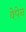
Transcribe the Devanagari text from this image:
वेपेन